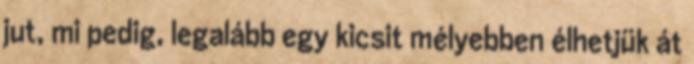
jut, mi pedig, legalább egy kicsit mélyebben élhetjük át